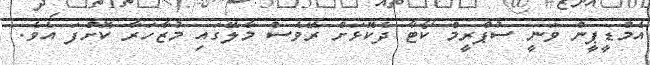
އެމްޑީޕީން ވަނީ ސުޕްރީމް ކޯޓާ ދެކޮޅަށް ރޭވެސް މާލޭގައި މުޒާހަރާ ކޮށްފަ އެވެ.